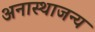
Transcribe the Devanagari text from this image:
अनास्थाजन्य